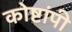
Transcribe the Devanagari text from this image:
कोष्टांपी